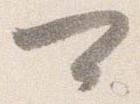
可